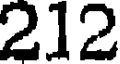
212